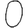
Digit: 0